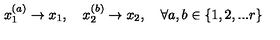
x _ { 1 } ^ { ( a ) } \rightarrow x _ { 1 } , \quad x _ { 2 } ^ { ( b ) } \rightarrow x _ { 2 } , \quad \forall a , b \in \{ 1 , 2 , . . . r \}